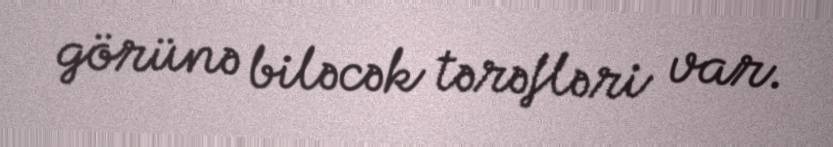
görünə biləcək tərəfləri var.